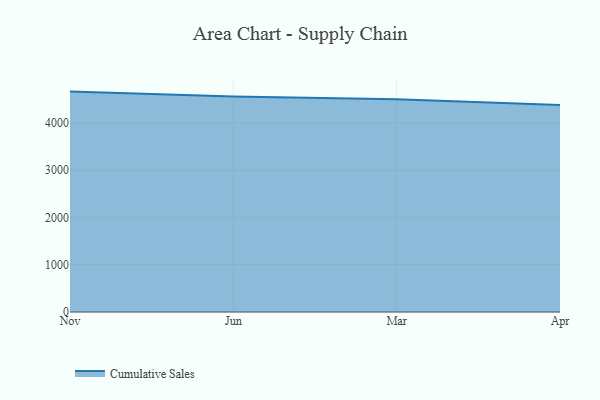
{"axis": {"x": "Month", "y": "Population (Million)"}, "legend": ["Cumulative Sales"], "data": [{"x": "Nov", "y": 4661.4, "type": "Cumulative Sales"}, {"x": "Jun", "y": 4560.4, "type": "Cumulative Sales"}, {"x": "Mar", "y": 4499.1, "type": "Cumulative Sales"}, {"x": "Apr", "y": 4379.3, "type": "Cumulative Sales"}]}